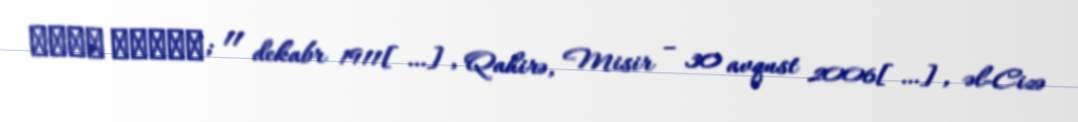
نجيب محفوظ; 11 dekabr 1911[…], Qahirə, Misir – 30 avqust 2006[…], əl-Cizə